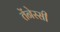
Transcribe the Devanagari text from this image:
तेंनेस्सी